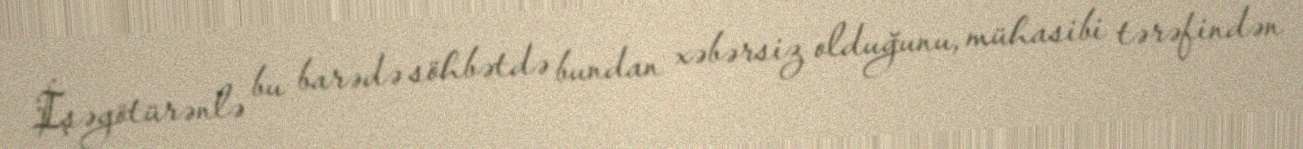
İşəgötürənlə bu barədə söhbətdə bundan xəbərsiz olduğunu, mühasibi tərəfindən